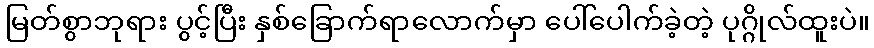
မြတ်စွာဘုရား ပွင့်ပြီး နှစ်ခြောက်ရာလောက်မှာ ပေါ်ပေါက်ခဲ့တဲ့ ပုဂ္ဂိုလ်ထူးပဲ။